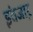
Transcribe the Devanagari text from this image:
इंतजा़र